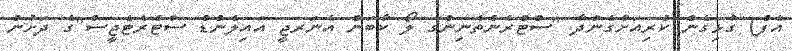
އެފް) ގުޅިގެން ކުރިއަށްގެންދާ "ސްޓްރެންތެނިންގ ލޯ ކާބަން އެނަރޖީ އައިލެންޑް ސްޓްރެޓެޖީސް"ގެ ދަށުން